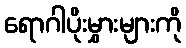
ရောဂါပိုးမွှားများကို